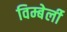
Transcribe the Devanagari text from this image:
विम्बेर्ली